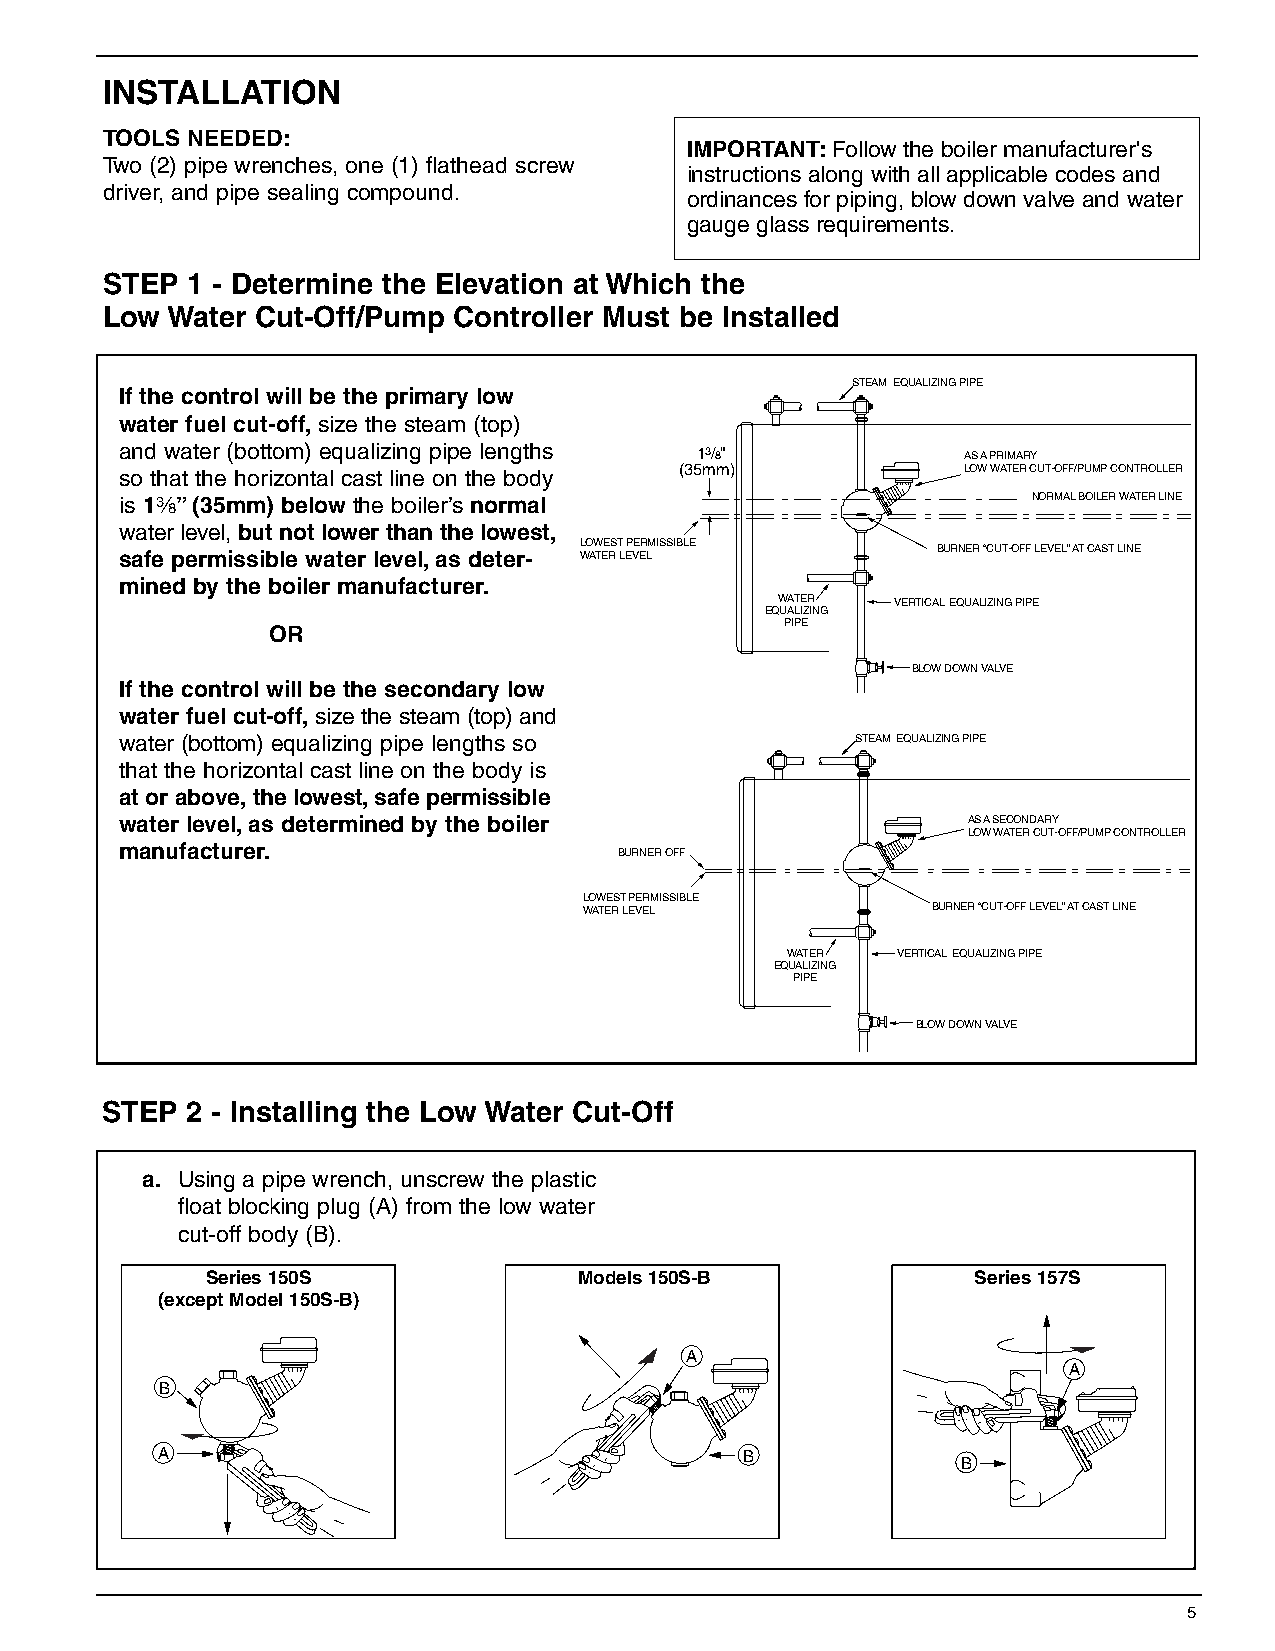
INSTALLATION
 TOOLS NEEDED:
 IMPORTANT:Follow the boiler manufacturer's
 Two (2) pipe wrenches, one (1) flathead screw
 instructions along with all applicable codes and
 driver, and pipe sealing compound.
 ordinances for piping, blow down valve and water
 gauge glass requirements.
 STEP 1 - Determine the Elevation at Which the
 Low Water Cut-Off/Pump Controller Must be Installed
 STEAM EQUALIZING PIPE
 If the control will be the primary low
 water fuel cut-off, size the steam (top)
 and water (bottom) equalizing pipe lengths 13/8"        AS A PRIMARY
 so that the horizontal cast line on the body (35mm)     LOW WATER CUT-OFF/PUMP CONTROLLER
 is 1a”(35mm) below the boiler’s normal                      NORMAL BOILER WATER LINE
 water level, but not lower than the lowest,
 safe permissible water level,as deter- L WO AW TEE RS T L EP VE ER LMISSIBLE BURNER “CUT-OFF LEVEL” AT CAST LINE
 mined by the boiler manufacturer.
 WATER  VERTICAL EQUALIZING PIPE
 EQUALIZING
 PIPE
 OR
 BLOW DOWN VALVE
 If the control will be the secondary low
 water fuel cut-off, size the steam (top) and
 water (bottom) equalizing pipe lengths so        STEAM EQUALIZING PIPE
 that the horizontal cast line on the body is
 at or above, the lowest,safe permissible
 water level,as determined by the boiler                 AS A SECONDARY
 LOW WATER CUT-OFF/PUMP CONTROLLER
 manufacturer.
 BURNER OFF
 LOWEST PERMISSIBLE
 WATER LEVEL            BURNER “CUT-OFF LEVEL” AT CAST LINE
 WATER  VERTICAL EQUALIZING PIPE
 EQUALIZING
 PIPE
 BLOW DOWN VALVE
 STEP 2 - Installing the Low Water Cut-Off
 a. Using a pipe wrench, unscrew the plastic
 float blocking plug (A) from the low water
 cut-off body (B).
 Series 150S             Models 150S-B              Series 157S
 (except Model 150S-B)
 A
 A
 B
 A                                      B
 B
 5